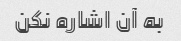
به آن اشاره نکن